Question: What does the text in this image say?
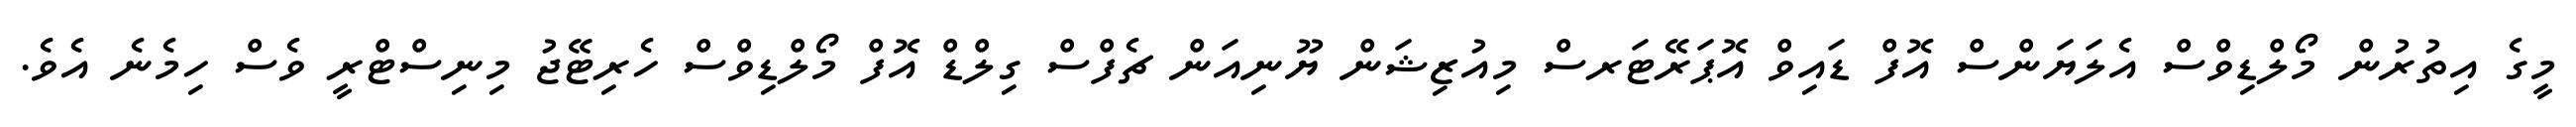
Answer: މީގެ އިތުރުން މޯލްޑިވްސް އެލަޔަންސް އޮފް ޑައިވް އޮޕަރޭޓަރސް މިއުޒިޝަން ޔޫނިއަން ޗެފްސް ގިލްޑް އޮފް މޯލްޑިވްސް ހެރިޓޭޖު މިނިސްޓްރީ ވެސް ހިމެނެ އެވެ.